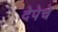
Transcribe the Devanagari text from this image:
देपेचे